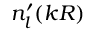
n _ { l } ^ { \prime } ( k R )